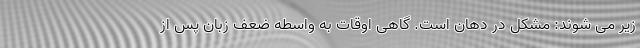
زیر می شوند: مشکل در دهان است. گاهی اوقات به واسطه ضعف زبان پس از